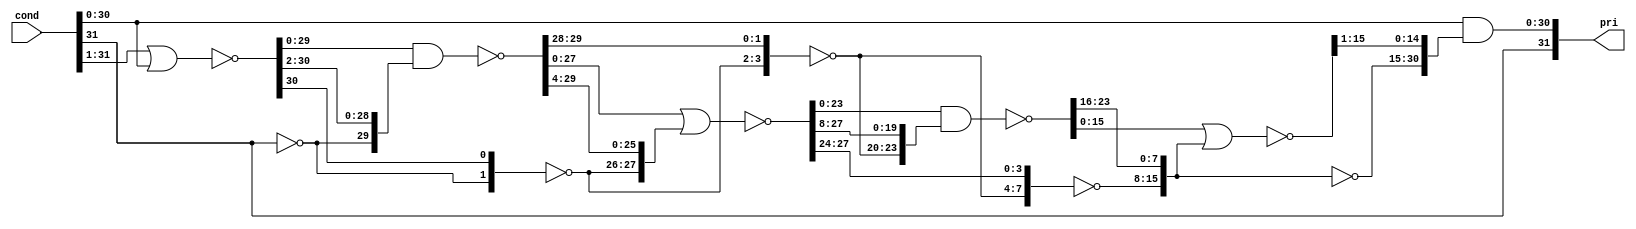
//  IBM Corp. 2020
// Licensed under the Apache License, Version 2.0 (the "License"), as modified by
// the terms below; you may not use the files in this repository except in
// compliance with the License as modified.
// You may obtain a copy of the License at http://www.apache.org/licenses/LICENSE-2.0
//
// Modified Terms:
//
//    1) For the purpose of the patent license granted to you in Section 3 of the
//    License, the "Work" hereby includes implementations of the work of authorship
//    in physical form.
//
//    2) Notwithstanding any terms to the contrary in the License, any licenses
//    necessary for implementation of the Work that are available from OpenPOWER
//    via the Power ISA End User License Agreement (EULA) are explicitly excluded
//    hereunder, and may be obtained from OpenPOWER under the terms and conditions
//    of the EULA.  
//
// Unless required by applicable law or agreed to in writing, the reference design
// distributed under the License is distributed on an "AS IS" BASIS, WITHOUT
// WARRANTIES OR CONDITIONS OF ANY KIND, either express or implied. See the License
// for the specific language governing permissions and limitations under the License.
// 
// Additional rights, including the ability to physically implement a softcore that
// is compliant with the required sections of the Power ISA Specification, are
// available at no cost under the terms of the OpenPOWER Power ISA EULA, which can be
// obtained (along with the Power ISA) here: https://openpowerfoundation.org. 

`timescale 1 ns / 1 ns

//  Description:  Prioritizer
//
//*****************************************************************************

module rv_pri(
	      cond,
	      pri
	      );
   parameter         size = 32;
   input [0:size-1]  cond;
   output [0:size-1] pri;

   parameter         s = size - 1;
   wire [0:s] 	     or_l1;
   wire [0:s] 	     or_l2;
   wire [0:s] 	     or_l3;
   wire [0:s] 	     or_l4;
   wire [0:s] 	     or_l5;
   (* analysis_not_referenced="true" *)
   wire              or_cond;


   // Odd Numbered Levels are inverted

   assign or_l1[0] = (~cond[0]);
   assign or_l1[1:s] = ~(cond[0:s - 1] | cond[1:s]);

   generate
      if (s >= 2)
        begin : or_l2_gen0
           assign or_l2[0:1] = (~or_l1[0:1]);
           assign or_l2[2:s] = ~(or_l1[2:s] & or_l1[0:s - 2]);
        end
   endgenerate
   generate
      if (s < 2)
        begin : or_l2_gen1
           assign or_l2 = (~or_l1);
        end
   endgenerate

   generate
      if (s >= 4)
        begin : or_l3_gen0
           assign or_l3[0:3] = (~or_l2[0:3]);
           assign or_l3[4:s] = ~(or_l2[4:s] | or_l2[0:s - 4]);
        end
   endgenerate
   generate
      if (s < 4)
        begin : or_l3_gen1
           assign or_l3 = (~or_l2);
        end
   endgenerate

   generate
      if (s >= 8)
        begin : or_l4_gen0
           assign or_l4[0:7] = (~or_l3[0:7]);
           assign or_l4[8:s] = ~(or_l3[8:s] & or_l3[0:s - 8]);
        end
   endgenerate
   generate
      if (s < 8)
        begin : or_l4_gen1
           assign or_l4 = (~or_l3);
        end
   endgenerate

   generate
      if (s >= 16)
        begin : or_l5_gen0
           assign or_l5[0:15] = (~or_l4[0:15]);
           assign or_l5[16:s] = ~(or_l4[16:s] | or_l4[0:s - 16]);
        end
   endgenerate
   generate
      if (s < 16)
        begin : or_l5_gen1
           assign or_l5 = (~or_l4);
        end
   endgenerate

   //assert size > 32 report "Maximum Size of 32 Exceeded!" severity error;

   assign pri[0] = cond[0];
   assign pri[1:s] = cond[1:s] & or_l5[0:s - 1];
   assign or_cond = (~or_l5[s]);

endmodule // rv_pri